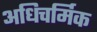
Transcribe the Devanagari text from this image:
अधिचर्मिक